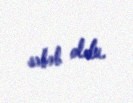
səbəb oldu.